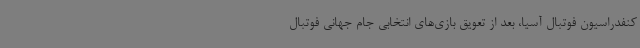
کنفدراسیون فوتبال آسیا، بعد از تعویق بازی‌های انتخابی جام جهانی فوتبال